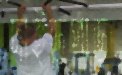
দাইড়পাড়া